Sketch of the medical history of the native army of Bombay, for the year
Year: 1872
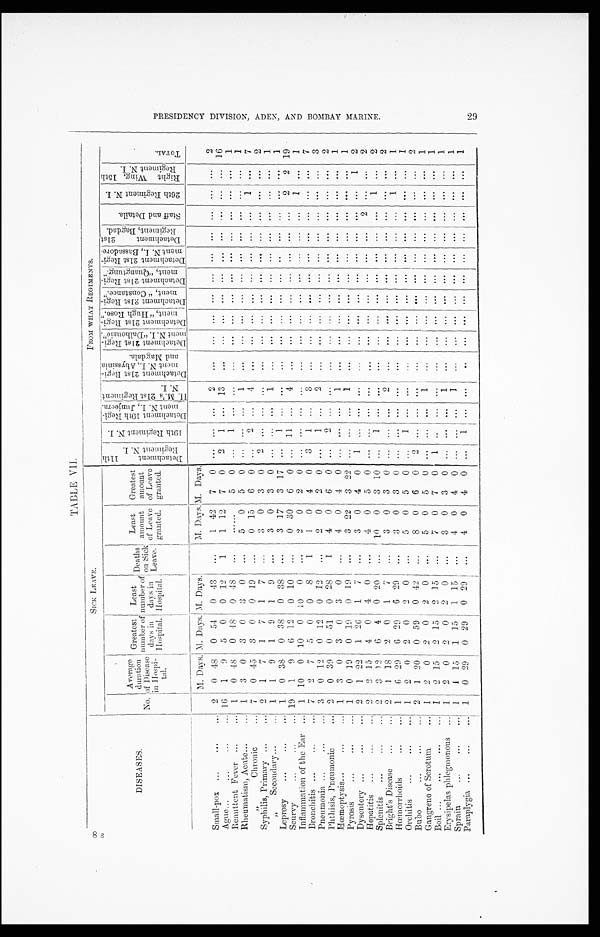
TABLE VII.
DISEASES.
SICK LEAVE.
FROM WHAT REGIMENTS.
No.
A v e r a g e
duration
of Disease
in Hospi-
t al .
Greatest
number of
days in
Hospital.
Least
number of
days in
Hospital.
Deaths
on Sick
Leave
.
Least
amount
of Leave
g r a n t e d .
Greatest
amount
of Leave
granted.
D e t a c h m e n t 1 1 t h R e g i m e n t N . I . 19t h Regi ment N. I .
D e t a c h m e n t 1 9 t h R e g i - m e n t N . I . , J u n j e e r a . H. M. ' s 2 1 s t Re g i me n t N. I . D e t a c h m e n t 2 1 s t R e g i - m e n t N . I . , A b y s s i n i a a n d M a g d a l a .
D e t a c h m e n t 2 1 s t R e g i - m e n t N . I . " D a l h o u s i e " D e t a c h m e n t 2 1 s t R e g i - , e m t , " H u g h R o s e . " D e t a c h m e n t 2 1 s t R e g i - m e n t , " C o n s t a n c e . " D e t a c h m e n t 2 1 s t R e g i - m e n t , " Q u a n g t u n g . " D e t a c h m e n t 2 1 s t R e g i - m e n t N . I . , B a s s a d o r e . D e t a c h m e n t 2 1 s t R e g i m e n t , B a g b a d .
S t a f f a n d D e t a i l s .
2 6 t h R e g i m e n t N . I .
R i g h t W i n g , 1 5 t h R e g i m e n t N . I .
TOTAL
M. Days.
M .
D a y s . M. Days.
M
D a y s .
M .
Days.
Small-pox
2
0 48
0 54
0 43
...
1 42
7
0
. . .
. . .
...
2
...
... ... ... ... ... ... ... ... ...
2
Ague
16
1
9
5
0
0 12
1
1 12
7
0
2
1
... 13
. . .
...
. . .
. . .
. . .
. . . ...
. . .
. . .
. . .
. . . 1 6
Remittent Fever
1
0 48
0 48
0 48
...
.....
5
0 ...
1 ...
. . .
. . .
...
...
. . .
. . .
... ...
. . .
. . .
... 1
Rheumatism, Acute
1
3
0
3
0
3
0
...
5
0
5
0
. . .
. . .
...
1
. . .
...
. . .
. . .
. . .
. . . ...
. . .
. . .
... 1
" C h r o n i c 7
0 45
3
0
0 19
...
0 15
6
0 ...
2 ...
4
. . .
...
...
. . .
. . .
... ...
. . .
1 ...
7
Syphilis, Primary
2
1
7
1
7
1
7
...
3
0
3
0
2
. . . ...
. . . ...
...
...
. . . ... ... ...
. . .
. . . ...
2
" Secondary
1 1
9
1
9
1
9
...
3
0
3 0
. . .
. . . ...
1
. . .
. . .
. . .
. . .
. . .
. . . ...
. . .
. . .
...
1
Leprosy
1 0 38
0 38
0 38
...
3 17
3 17 ...
1 ... ...
. . .
. . .
. . .
. . .
. . . ... ...
. . .
. . . ...
1
Scurvy
19
1
9
6 12
0 10
. . .
0 30
6
0 ... 11 ...
4
. . .
...
...
. . .
. . .
... ...
. . .
2
2 19
Inflammation of the Ear 1 10
0 10
0 10
0
. . .
2
0
2 0
. . .
. . . ...
. . .
. . .
... ...
. . .
. . .
. . . ...
. . .
1
... 1
Bronchitis
7
2
7
5
0
0
8
1
1
0
4
0
3
1 ...
3
. . .
...
...
. . .
. . .
... ...
. . .
. . .
... 7
Pneumonia
3
0 1 2
0 12
0 12
...
2
0
2
0 ...
1 ...
2
. . .
...
...
. . .
. . .
... ...
. . .
. . .
. . .
3
Phthisis, Pneumonic
2
0 39
0 51
0 28
1
4 0
6
0
. . .
2 ...
. . .
. . .
...
. . .
. . .
. . . ... ...
. . .
. . . ... 2
Hœmoptysis
1 3
0
3
0
3
0
...
4
0
4
0 ...
. . .
...
1
. . .
...
. . .
. . .
. . .
. . . ...
. . .
. . .
. . .
1
Pyrosis
1 0 19
0 19
0 19
. . .
3 22
3 22
. . .
. . . ...
1
...
...
...
. . . ... ... ...
. . .
. . . ...
1
Dysentery
2
1 22
1 26
1
7
...
3
0
4 0
1
. . .
...
. . .
. . .
...
...
. . . ... ... ...
. . .
. . . 1
2
Hepatitis
2
2 15
4
0
4 0
...
4
0
5
0
. . .
. . . ...
. . .
. . .
...
...
. . .
. . . ... ...
2
. . .
... 2
Splenitis
2 3
1 2
6
4
0 20
. . .
10
0
3 10 ...
1 ...
. . . ...
... ...
. . .
. . .
. . . ...
. . .
1 ...
2
Bright's Disease
2 1 18
2
0
1
7
. . .
3 0
3
0 ... ... ...
2
...
... ...
. . . ... ... ...
. . .
. . . ...
2
Hœmorrhoids
1
6 29
6 29
6 29
. . .
3 0
3
0 ...
. . .
...
. . .
...
... ... ...
...
. . . ... ...
1 ...
1
Orchitis
1 2
0
2
0
2
0
...
5
0
5
0 ...
1
...
. . .
...
... ...
. . . ... ... ...
. . .
. . . ...
1
Bubo
2
1 20
0 59
0 42
...
8
0
6
0 2 ...
...
. . .
...
... ...
. . . ... ... ...
. . .
. . . ... 2
Gangrene of Scrotum
1 2
0
2
0
2
0
. . .
5
0
5 0
. . .
. . . ...
1
...
... ...
. . . ... ... ...
. . .
. . .
... 1
Boil
1 2 15
2 15
2 15
...
7
0
7
0
1 . . .
... ...
... ... ... ... ... ... ... ... ... ...
1
Erysipelas phlegmonous
1
2
0
2
0
2
0
...
3
0
3
0 ... ... ...
1
... ... ... ... ... ... ... ... ... ...
1
Sprain
1
1 15
1 15
1 15
...
4
0
4
0
. . .
. . .
...
1
... ... ... ... ... ... ... ... ... ...
1
Paraplygia
1
0 29
0 29
0 29
. . . 4
0
4
0 ...
1 ...
... ... ... ... ... ... ... ... ... ... ...
1
P R E S I D E N C Y D I V I S I O N , A D E N , A N D B O M B A Y M A R I N E .
29